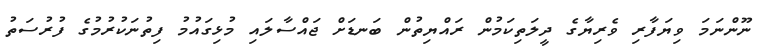
ނޫންނަމަ ވިޔަފާރި ވެރިޔާގެ ދީލަތިކަމުން ރައްޔިތުން ބަނޑަށް ޖައްސާލައި މުޅިގައުމު ފިތުނަކުރުމުގެ ފުރުސަތު